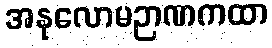
အနုလောမဉာဏကထာ